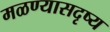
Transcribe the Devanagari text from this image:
मळण्यासदृष्य